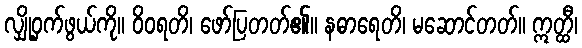
လျှို့ဝှက်ဖွယ်ကို။ ဝိဝရတိ၊ ဖော်ပြတတ်၏။ နဓာရေတိ၊ မဆောင်တတ်။ ဣတ္ထီ၊